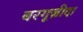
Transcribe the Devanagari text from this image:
बरगूज़ीदा